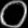
Digit: ၀